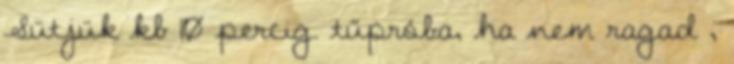
Sütjük kb 10 percig. tűpróba, ha nem ragad ,